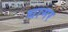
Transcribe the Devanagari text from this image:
धामर